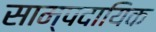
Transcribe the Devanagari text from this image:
साम्पदायिक